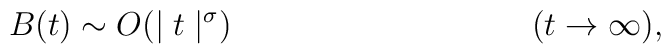
B(t) \sim  O(\mid t\mid ^{\sigma}) \hspace{1.5in}(t\rightarrow\infty ),